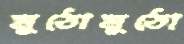
মুঠোমুঠো